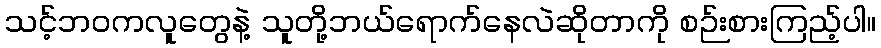
သင့်ဘဝကလူတွေနဲ့ သူတို့ဘယ်ရောက်နေလဲဆိုတာကို စဉ်းစားကြည့်ပါ။